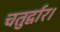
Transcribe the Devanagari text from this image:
चतुर्द्वार।